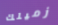
زميلك